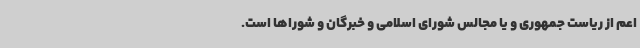
اعم از ریاست جمهوری و یا مجالس شورای اسلامی و خبرگان و شوراها است.